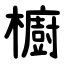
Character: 櫥